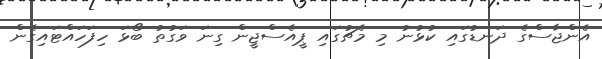
އެންޖާސްގެ ދަނޑުގައި ކުޅުނު މި މެޗުގައި ޕީއެސްޖީން ގިނަ ވަގުތު ބޯޅަ ހިފަހައްޓައިގެން